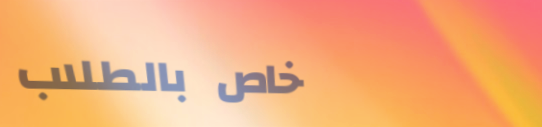
خاص بالطلاب